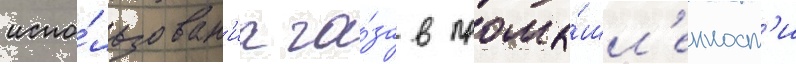
испо́льзован'иа га́за в промы́шл'енност'и